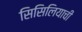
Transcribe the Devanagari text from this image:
सिसिलियाची